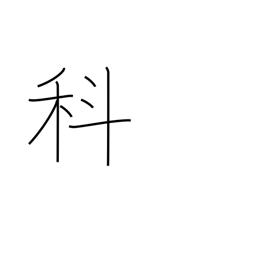
Meaning: section